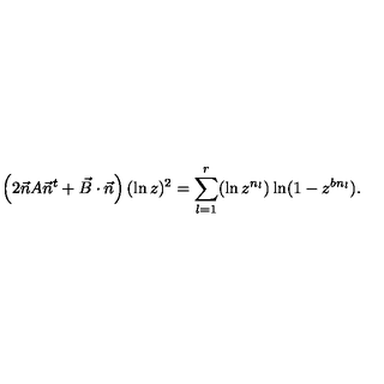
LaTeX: \left( 2 \vec { n } A \vec { n } ^ { t } + \vec { B } \cdot \vec { n } \right) ( \ln z ) ^ { 2 } = \sum _ { l = 1 } ^ { r } ( \ln z ^ { n _ { l } } ) \ln ( 1 - z ^ { b n _ { l } } ) .